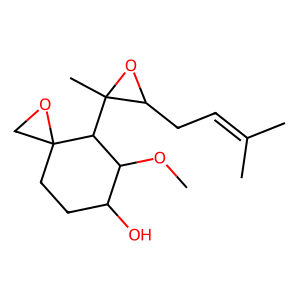
SMILES: COC1C(O)CCC2(CO2)C1C1(C)OC1CC=C(C)C
Inhibits HIV replication: No